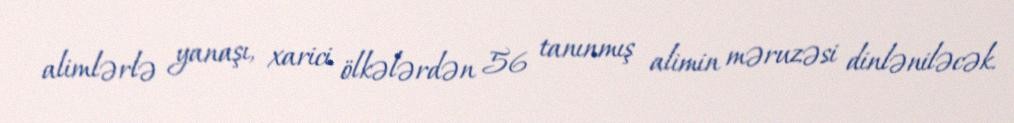
alimlərlə yanaşı, xarici ölkələrdən 56 tanınmış alimin məruzəsi dinləniləcək.